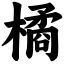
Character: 橘